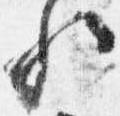
歟